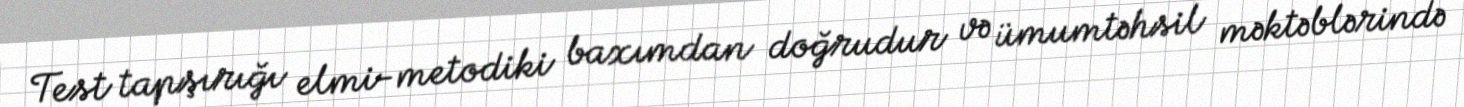
Test tapşırığı elmi-metodiki baxımdan doğrudur və ümumtəhsil məktəblərində